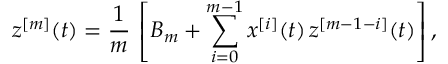
z ^ { [ m ] } ( t ) = \frac { 1 } { m } \, \left[ B _ { m } + \sum _ { i = 0 } ^ { m - 1 } x ^ { [ i ] } ( t ) \, z ^ { [ m - 1 - i ] } ( t ) \right] ,